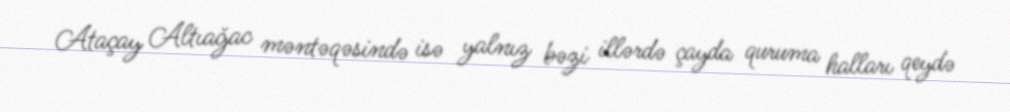
Ataçay Altıağac məntəqəsində isə yalnız bəzi illərdə çayda quruma halları qeydə